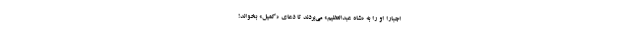
اجباراً او را به «شاه عبدالعظیم» می‌بردند تا دعای‌ «کمیل» بخواند!